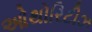
ઓથોરિટીઝ